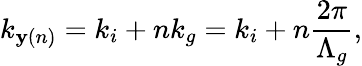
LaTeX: k_{\mathbf{y}(n)}=k_{i}+nk_{g}=k_{i}+n\frac{{2\pi}}{{\Lambda_{g}}},